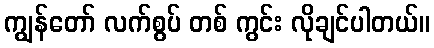
ကျွန်တော် လက်စွပ် တစ် ကွင်း လိုချင်ပါတယ်။